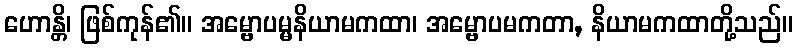
ဟောန္တိ၊ ဖြစ်ကုန်၏။ အမ္ဗောပမ္မနိယာမကထာ၊ အမ္ဗောပမကတာ, နိယာမကထာတို့သည်။